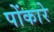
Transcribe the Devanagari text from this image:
पोंकारे